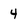
Character: 4